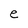
Character: e